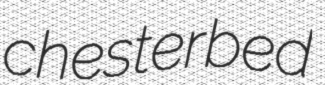
chesterbed